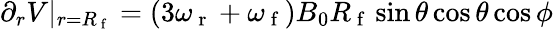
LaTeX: \begin{array}{r}{\partial_{r}V\vert_{r=R_{\mathrm{~f~}}}=(3\omega_{\mathrm{~r~}}+\omega_{\mathrm{~f~}})B_{0}R_{\mathrm{~f~}}\sin\theta\cos\theta\cos\phi}\end{array}